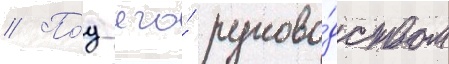
// По́д его́ руково́дством